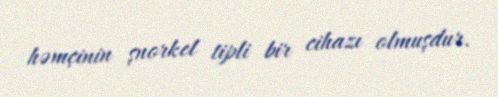
həmçinin şnorkel tipli bir cihazı olmuşdur.